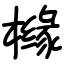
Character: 橼